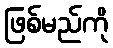
ဖြစ်မည်ကို